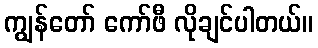
ကျွန်တော် ကော်ဖီ လိုချင်ပါတယ်။